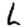
Digit: 6